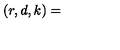
( r , d , k ) =